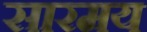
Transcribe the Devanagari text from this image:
सारमय